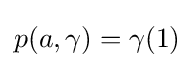
p(a,\gamma )=\gamma (1)